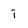
Character: j